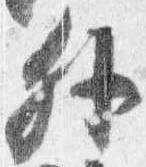
外